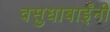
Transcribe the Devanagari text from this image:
वसुधाबाईंनी